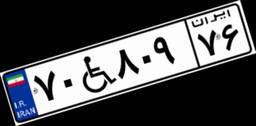
۱۷W۱۸۷۳۱